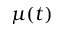
\mu ( t )